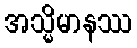
အသ္မိမာနဿ